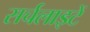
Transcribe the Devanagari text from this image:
सर्चलाइटें